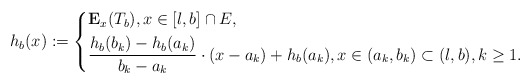
\begin{align*}h_b(x):=\left\lbrace\begin{aligned}&\mathbf{E}_x(T_b),x\in [l,b]\cap E, \\&\frac{h_{b}(b_k)-h_{b}(a_k)}{b_k-a_k}\cdot (x-a_k)+h_{b}(a_k),x\in (a_k,b_k)\subset (l,b), k\geq 1. \end{aligned}\right.\end{align*}